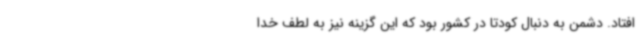
افتاد. دشمن به دنبال کودتا در کشور بود که این گزینه نیز به لطف خدا